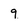
Character: 9